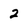
Character: 2